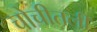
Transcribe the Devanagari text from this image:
चोचीतली